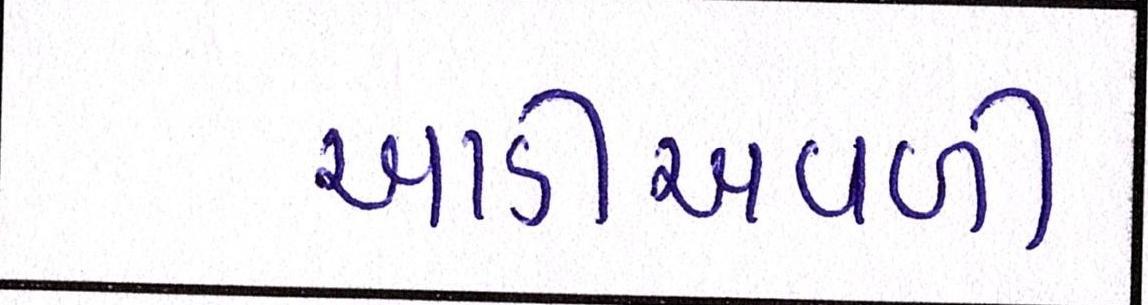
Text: આડીઅવળી